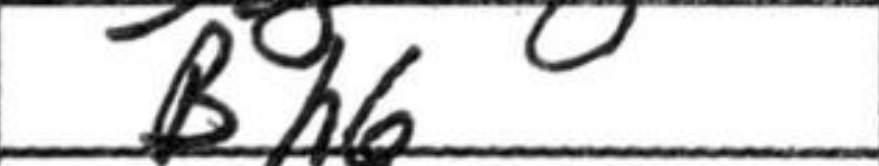
Transcription: Bh6